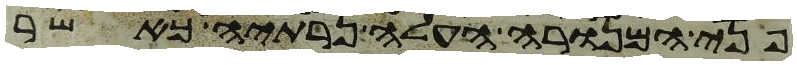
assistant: פני המנורה העלה נרתיה כאשר